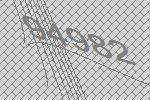
94982